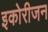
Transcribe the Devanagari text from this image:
इकोरीजन